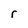
Character: r